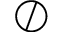
\oslash